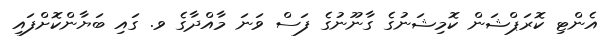
އެންޓި ކޮރަޕްޝަން ކޮމިޝަނުގެ ގާނޫނުގެ ފަސް ވަނަ މާއްދާގެ ވ. ގައި ބަޔާންކޮށްފައި